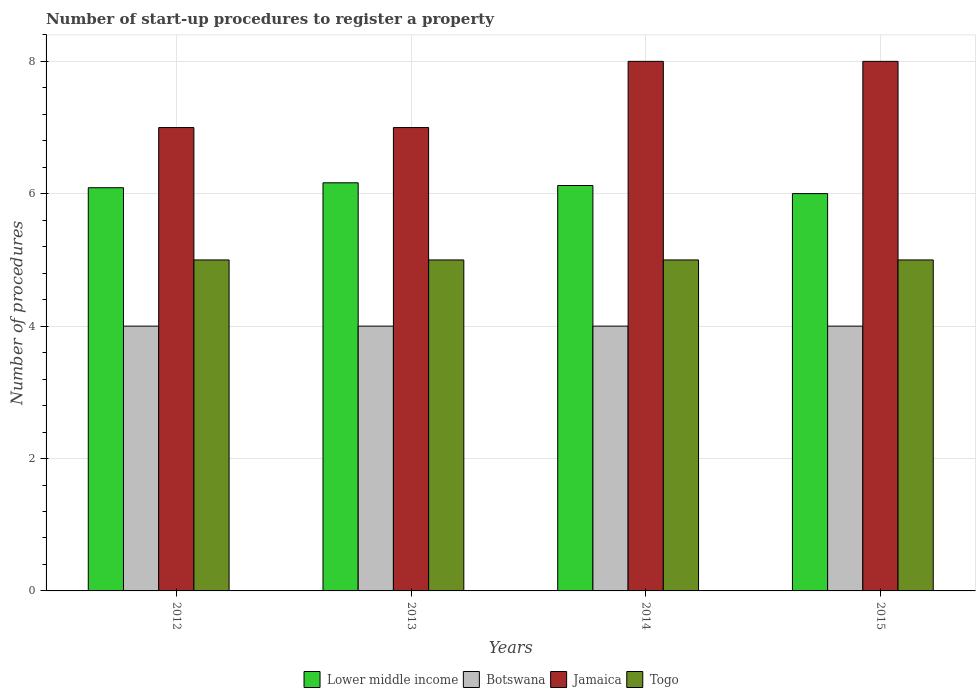
| Years | Lower middle income | Botswana | Jamaica | Togo |
 | --- | --- | --- | --- | --- |
 | 2012 | 6.09 | 4 | 7 | 5 |
 | 2013 | 6.17 | 4 | 7 | 5 |
 | 2014 | 6.12 | 4 | 8 | 5 |
 | 2015 | 6 | 4 | 8 | 5 |